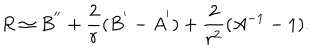
R \simeq B ^ { ' ^ { \prime } } + \frac { 2 } { r } ( B ^ { ' } - A ^ { ' } ) + \frac { 2 } { r ^ { 2 } } ( A ^ { - 1 } - 1 ) .